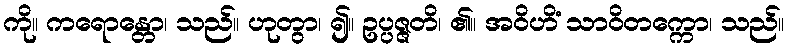
ကို။ ကရောန္တော၊ သည်။ ဟုတွာ၊ ၍။ ဥပ္ပဇ္ဇတိ၊ ၏။ အဝိဟိံ သာဝိတက္ကော၊ သည်။